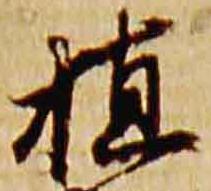
植